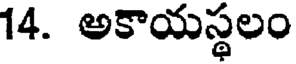
14. అకాయస్థలం